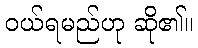
ဝယ်ရမည်ဟု ဆို၏။